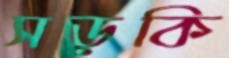
সড়কি